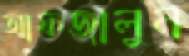
আফজালুন